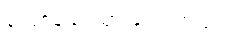
လျော့နည်းသွားခဲ့ရပါတယ်။